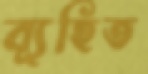
ব্যূহিত